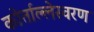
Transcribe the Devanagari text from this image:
कोर्ताल्लेस्वरण